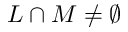
L \cap M \neq \emptyset